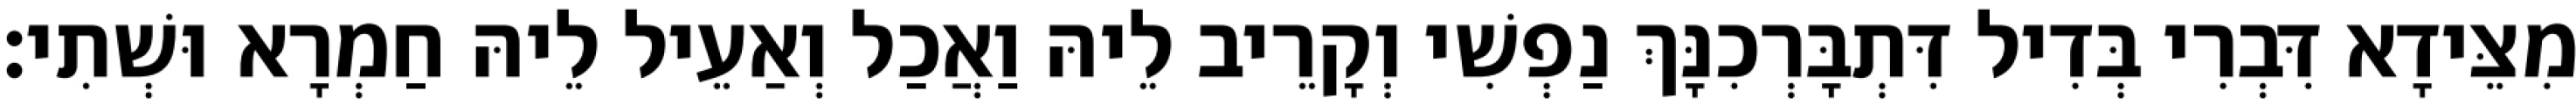
מִצֵּידָא דִּבְרִי בְּדִיל דִּתְבָּרְכִנָּךְ נַפְשִׁי וְקָרֵיב לֵיהּ וַאֲכַל וְאַעֵיל לֵיהּ חַמְרָא וּשְׁתִי׃